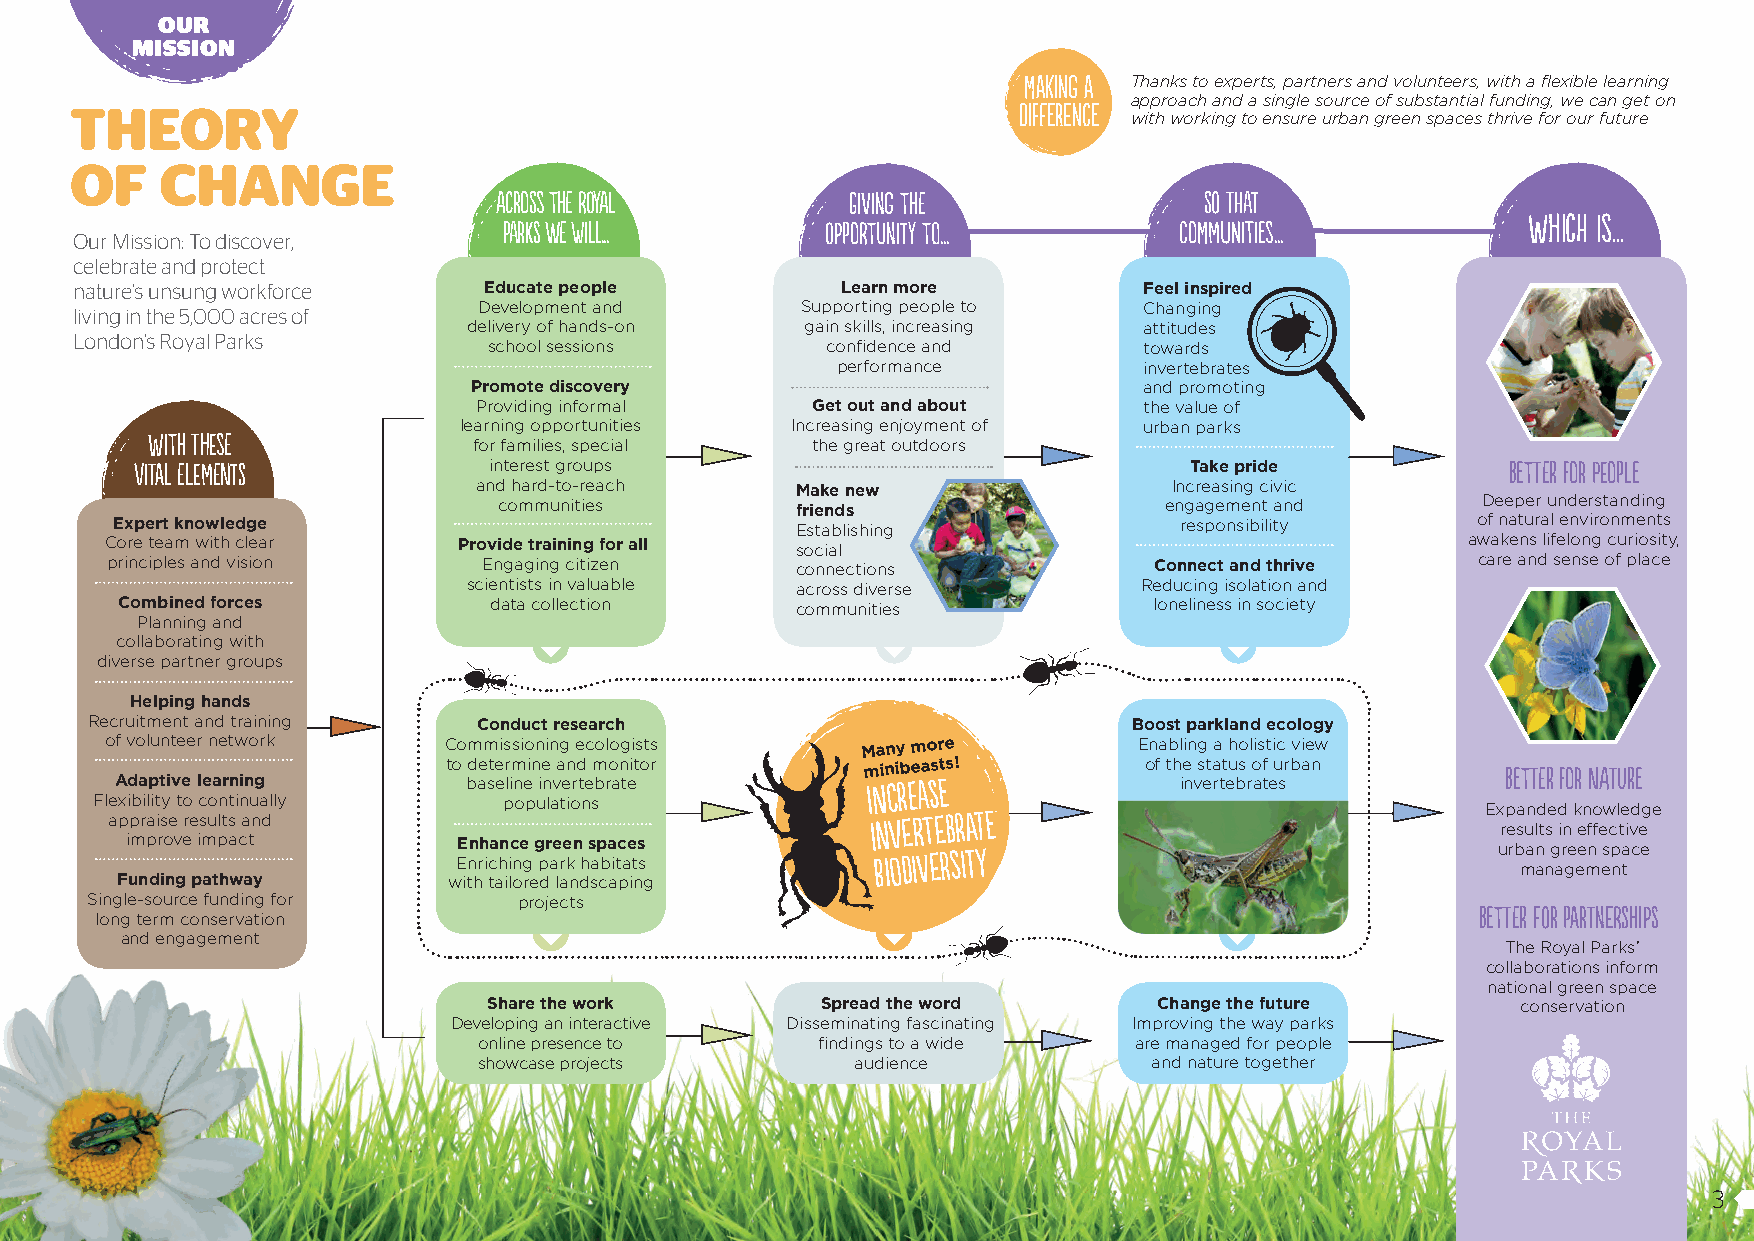
OUR
 MISSION
 maKiNg a Thanks to experts, partners and volunteers, with a flexible learning
 approach and a single source of substantial funding, we can get on
 THEORY                                                         DiffeReNce with working to ensure urban green spaces thrive for our future
 OF    CHANGE
 AcROSs thE RoyAl       GiviNg thE              So ThAt
 WHich is...
 PArks wE wiLL...      oppORtuNity tO...      cOmmunities...
 Our Mission: To discover,
 celebrate and protect
 nature’s unsung workforce  Educate people          Learn more          Feel inspired
 living in the 5,000 acres of Development and    Supporting people to   Changing
 delivery of hands-on  gain skills, increasing attitudes
 London’s Royal Parks
 school sessions        confidence and       towards
 performance          invertebrates
 Promote discovery                            and promoting
 Providing informal    Get out and about     the value of
 learning opportunities Increasing enjoyment of urban parks
 With THesE           for families, special  the great outdoors
 viTaL ElemEnts         interest groups                                Take pride           BetTEr fOr peOple
 and hard-to-reach    Make new                 Increasing civic
 communities         friends                 engagement and       Deeper understanding
 Expert knowledge                             Establishing             responsibility      of natural environments
 Core team with clear   Provide training for all social                                    awakens lifelong curiosity,
 principles and vision    Engaging citizen     connections            Connect and thrive    care and sense of place
 scientists in valuable across diverse        Reducing isolation and
 Combined forces          data collection     communities            loneliness in society
 Planning and
 collaborating with
 diverse partner groups
 Helping hands
 Recruitment and training  Conduct research                           Boost parkland ecology
 of volunteer network   Commissioning ecologists   Many more         Enabling a holistic view
 FleA xid ba ilp itt yi v te
 o
 l ce oa nr tn ii nn ug
 ally
 to bd ae st ee plr im n oe pin uie n
 la
 va ten iord t ne sm bro an teit or m iNin ci rb Ee Aa sst es ! of th ie n vs et ra tt eu bs r o atf e u srban ExB pe at nT dEr
 e
 dfO kr
 n
 N oA wT lu er de
 g e
 appraise results and                               inveRteBraTe
 results in effective
 improve impact        Enhance green spaces                                                 urban green space
 Enriching park habitats
 biOdiversity
 management
 Funding pathway       with tailored landscaping
 Single-source funding for   projects
 long term conservation                                                                      BetTEr foR paRTNeRships
 and engagement
 The Royal Parks’
 collaborations inform
 national green space
 Share the work        Spread the word        Change the future       conservation
 Developing an interactive Disseminating fascinating Improving the way parks
 online presence to    findings to a wide   are managed for people
 showcase projects        audience           and nature together
 3
 MI_Impact_Rep8pp_2019_FINAL.indd 3                                                                          06/02/2019 14:11